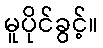
မူပိုင်ခွင့်။